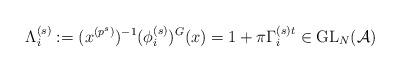
LaTeX: \begin{align*}\Lambda_i^{(s)}:=(x^{(p^s)})^{-1}(\phi_i^{(s)})^G (x)=1+\pi\Gamma_i^{(s)t}\in \textup{GL}_N(\mathcal A)\end{align*}